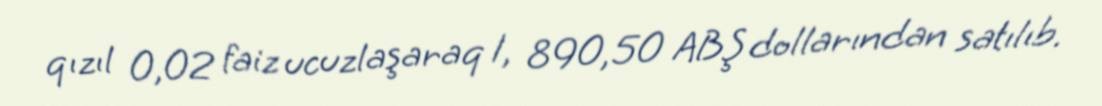
qızıl 0,02 faiz ucuzlaşaraq 1, 890,50 ABŞ dollarından satılıb.